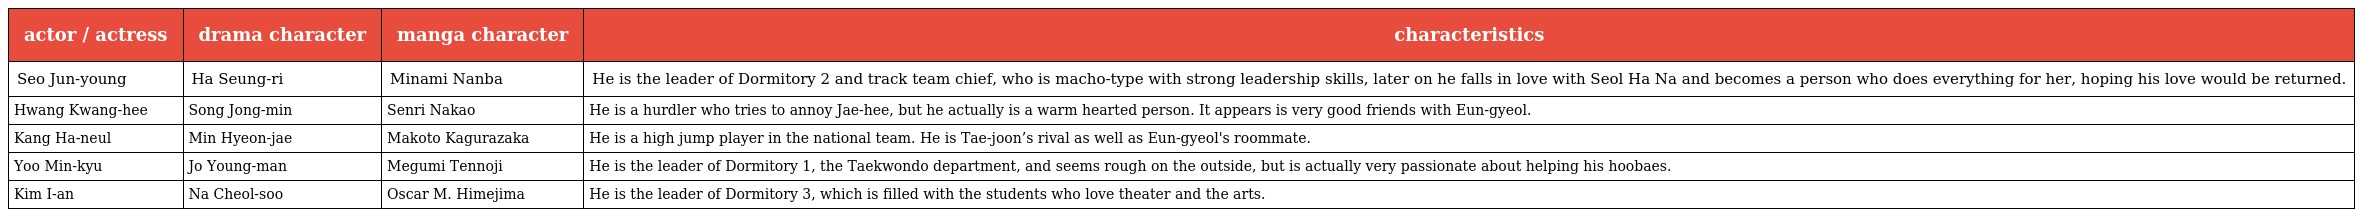
| actor / actress | drama character | manga character | characteristics |
 | --- | --- | --- | --- |
 | Seo Jun-young | Ha Seung-ri | Minami Nanba | He is the leader of Dormitory 2 and track team chief, who is macho-type with strong leadership skills, later on he falls in love with Seol Ha Na and becomes a person who does everything for her, hoping his love would be returned. |
 | Hwang Kwang-hee | Song Jong-min | Senri Nakao | He is a hurdler who tries to annoy Jae-hee, but he actually is a warm hearted person. It appears is very good friends with Eun-gyeol. |
 | Kang Ha-neul | Min Hyeon-jae | Makoto Kagurazaka | He is a high jump player in the national team. He is Tae-joon’s rival as well as Eun-gyeol's roommate. |
 | Yoo Min-kyu | Jo Young-man | Megumi Tennoji | He is the leader of Dormitory 1, the Taekwondo department, and seems rough on the outside, but is actually very passionate about helping his hoobaes. |
 | Kim I-an | Na Cheol-soo | Oscar M. Himejima | He is the leader of Dormitory 3, which is filled with the students who love theater and the arts. |